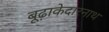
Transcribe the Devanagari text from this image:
बूढ़ाकेदारनाथ